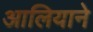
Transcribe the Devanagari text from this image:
आलियाने